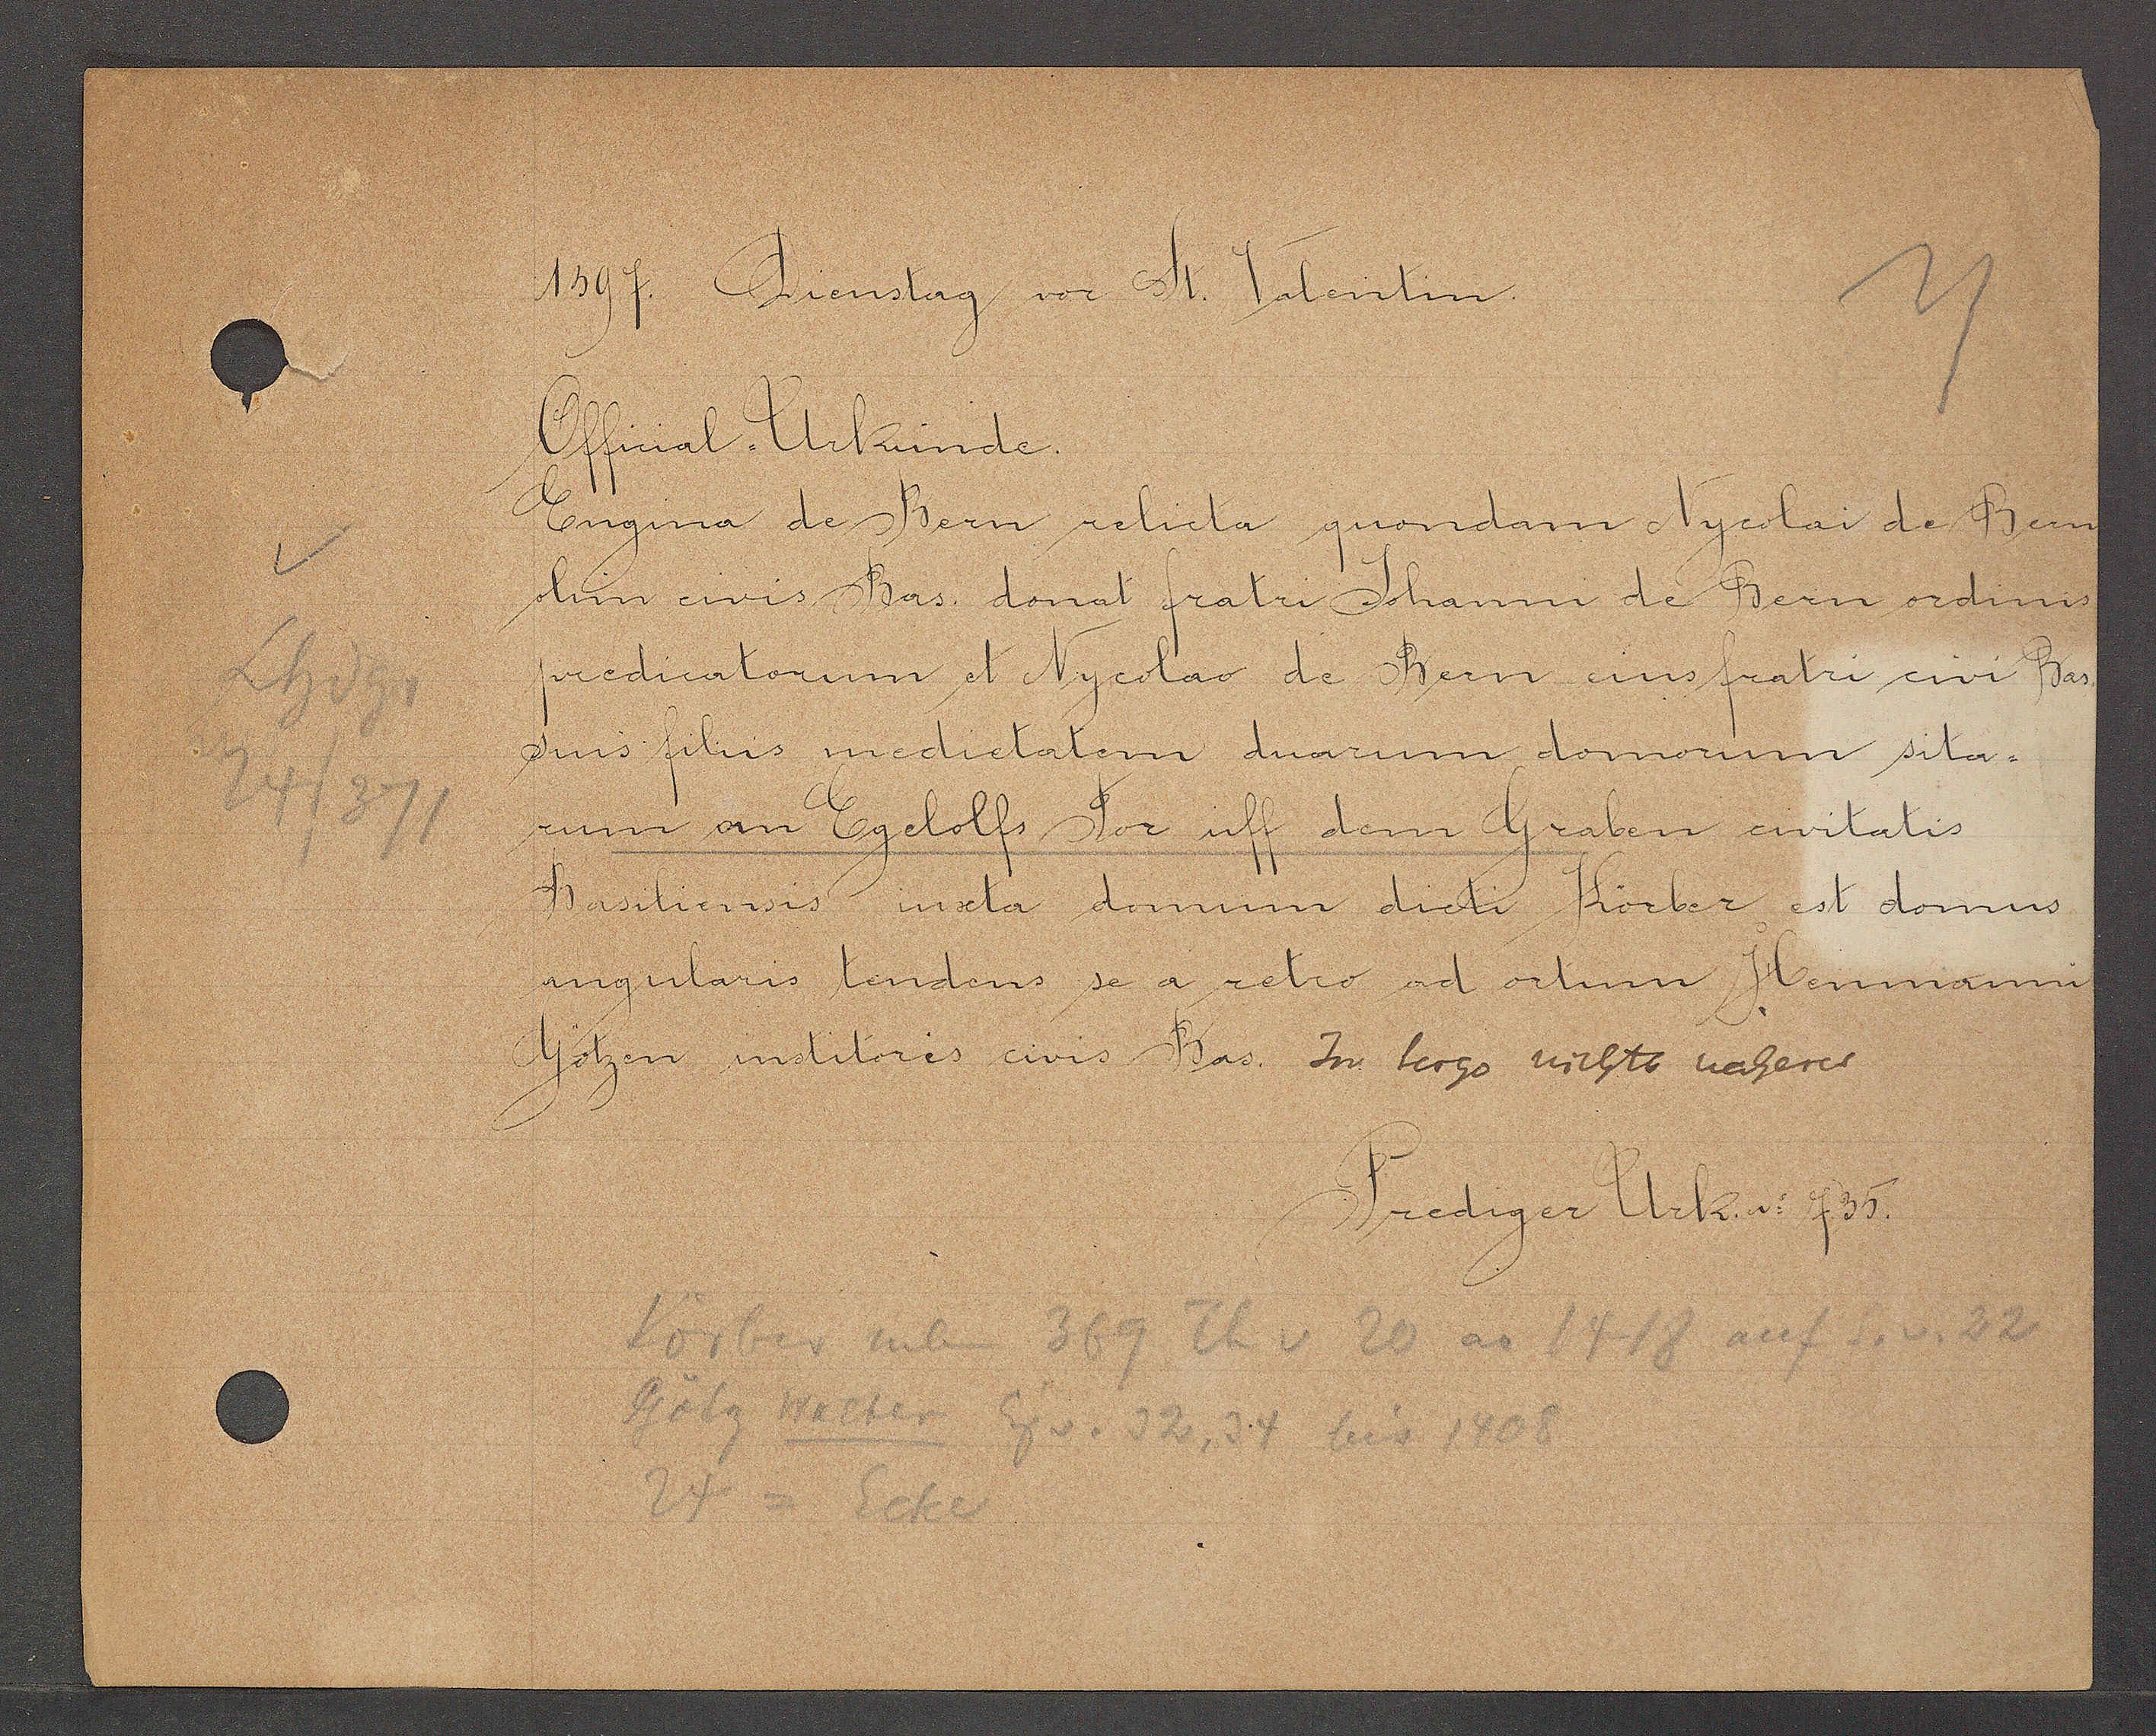
Transcript:
130
Deienstag vor St. Valentin.

fofinal Urkunde.
ngina de Bern relicta quondam Nycolai de Ben¬
olun civis Bas donat fratri Johanni de Bern oram
predicatorum et Nycolao de Bern eins fratri civi Bas
sins filus medictatem duarum domorum sita-
rum an Egelolfs Dor uff dem Graben civitatis
Basiliensis iuxta domum dicti Körber est domus
angularis tendens se a retro ad ortum Henmanni,
Götzen institoris civis Bas. zn berzs nthts naberes

Prediger Urk. No. 735.

Th v 20 ao 1418 auf S. v. 32
neben
36
Hl
Tetg Welter
32 24 beis. 1403
Sakelg